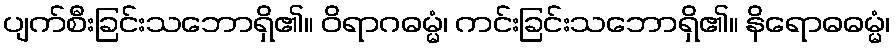
ပျက်စီးခြင်းသဘောရှိ၏။ ဝိရာဂဓမ္မံ၊ ကင်းခြင်းသဘောရှိ၏။ နိရောဓဓမ္မံ၊